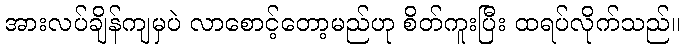
အားလပ်ချိန်ကျမှပဲ လာစောင့်တော့မည်ဟု စိတ်ကူးပြီး ထရပ်လိုက်သည်။